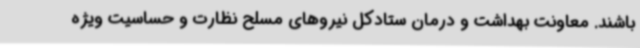
باشند. معاونت بهداشت و درمان ستادکل نیروهای مسلح نظارت و حساسیت ویژه